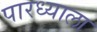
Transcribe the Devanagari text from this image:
पारध्याला